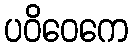
ပဝိဝေကေ